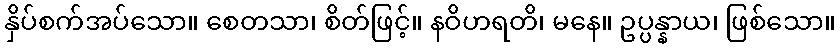
နှိပ်စက်အပ်သော။ စေတသာ၊ စိတ်ဖြင့်။ နဝိဟရတိ၊ မနေ။ ဥပ္ပန္နာယ၊ ဖြစ်သော။